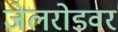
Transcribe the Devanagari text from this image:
जेलरोडवर